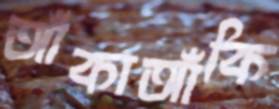
আঁকাআঁকি